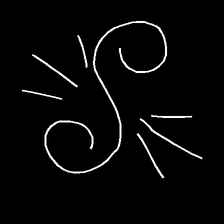
Glyph: wind-directs-air